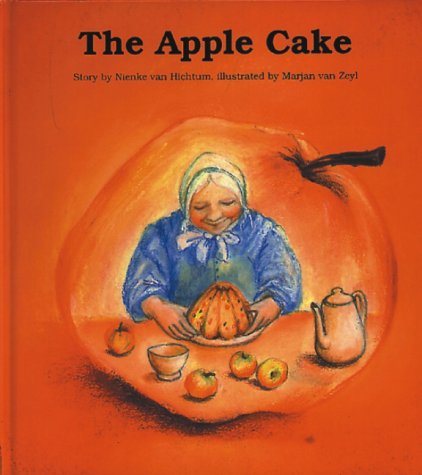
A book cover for Apple Cake; Nienke Van Hichtum; Children's Books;